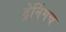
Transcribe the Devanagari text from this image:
ट्रेनिंगच